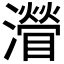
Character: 𤁽